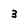
Character: 3